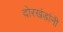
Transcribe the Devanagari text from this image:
दोरखंडांनी